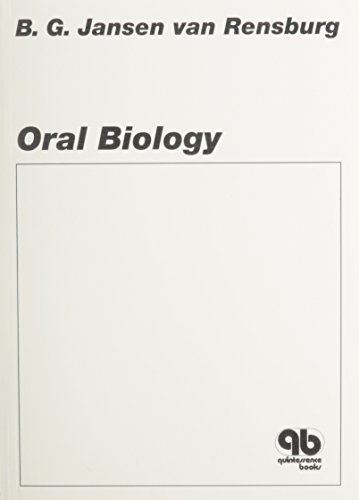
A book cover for Oral Biology; B. G. Jansen Van Rensburg; Medical Books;